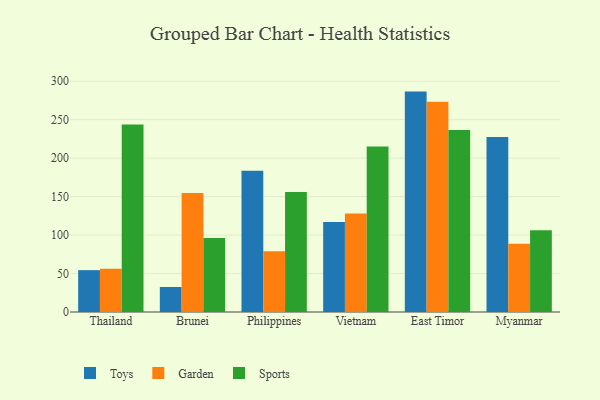
{"axis": {"x": "Country", "y": "Population (Million)"}, "legend": ["Garden", "Sports", "Toys"], "data": [{"x": "Thailand", "y": 54.4, "type": "Toys"}, {"x": "Thailand", "y": 56.2, "type": "Garden"}, {"x": "Thailand", "y": 243.8, "type": "Sports"}, {"x": "Brunei", "y": 32.5, "type": "Toys"}, {"x": "Brunei", "y": 154.7, "type": "Garden"}, {"x": "Brunei", "y": 96.3, "type": "Sports"}, {"x": "Philippines", "y": 183.7, "type": "Toys"}, {"x": "Philippines", "y": 79.0, "type": "Garden"}, {"x": "Philippines", "y": 156.1, "type": "Sports"}, {"x": "Vietnam", "y": 117.0, "type": "Toys"}, {"x": "Vietnam", "y": 128.1, "type": "Garden"}, {"x": "Vietnam", "y": 215.2, "type": "Sports"}, {"x": "East Timor", "y": 286.5, "type": "Toys"}, {"x": "East Timor", "y": 273.2, "type": "Garden"}, {"x": "East Timor", "y": 236.6, "type": "Sports"}, {"x": "Myanmar", "y": 227.4, "type": "Toys"}, {"x": "Myanmar", "y": 88.6, "type": "Garden"}, {"x": "Myanmar", "y": 106.2, "type": "Sports"}]}